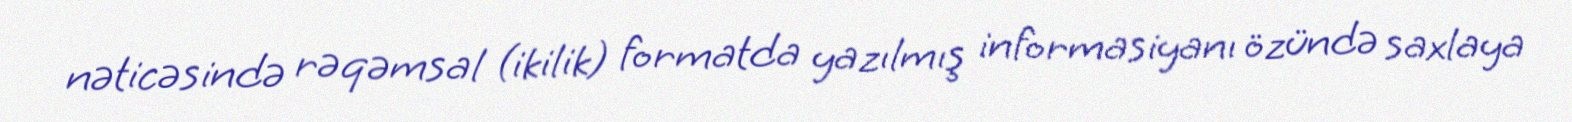
nəticəsində rəqəmsal (ikilik) formatda yazılmış informasiyanı özündə saxlaya